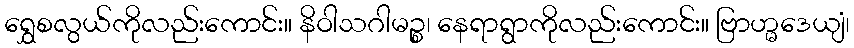
ရွှေစလွယ်ကိုလည်းကောင်း။ နိဝါသဂါမဉ္စ၊ နေရာရွာကိုလည်းကောင်း။ ဗြာဟ္မဒေယျံ၊